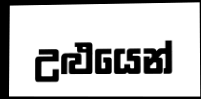
උළුයෙන්